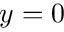
y = 0